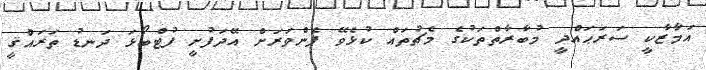
އަމާޒާކީ ސަރަޙައްދީ މުބާރާތްތަކުގެ މެޗުތައް ކުޅެވޭ ފެންވަރަށް އޭދަފުށީ ފުޓްބޯޅަ ދަނޑު ތަރައްޤީ